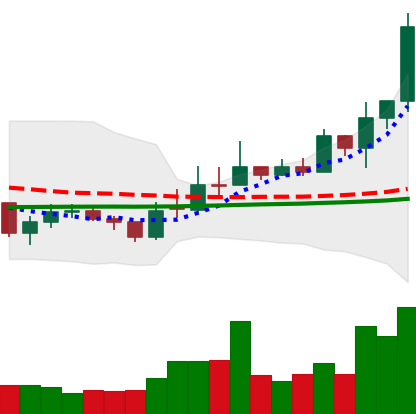
Ticker: EOS-USD
Chart end date: 2021-02-09
Forward return: 22.49%
Label: up_7plus